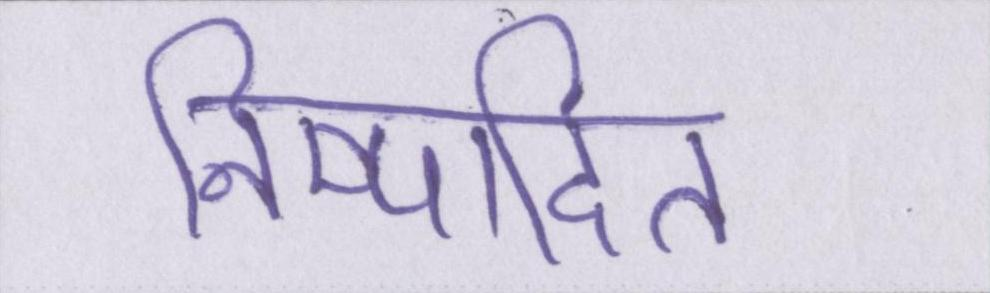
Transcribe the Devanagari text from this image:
निष्पादित